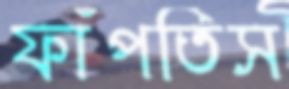
ফাঁপতিস